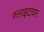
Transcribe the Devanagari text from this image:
फ्लाइटांवर